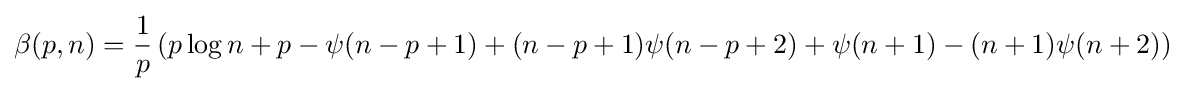
\beta (p,n)={\frac {1}{p}}\left(p\log n+p-\psi (n-p+1)+(n-p+1)\psi (n-p+2)+\psi (n+1)-(n+1)\psi (n+2)\right)